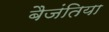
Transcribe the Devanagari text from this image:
बैजंतिया